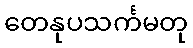
တေနုပသင်္ကမတု